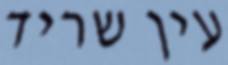
עין שריד